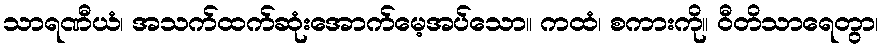
သာရဏီယံ၊ အသက်ထက်ဆုံးအောက်မေ့အပ်သော။ ကထံ၊ စကားကို။ ဝီတိသာရေတွာ၊